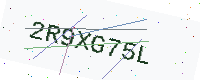
Text: 2R9XG75L